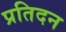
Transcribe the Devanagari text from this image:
प्रतिदन